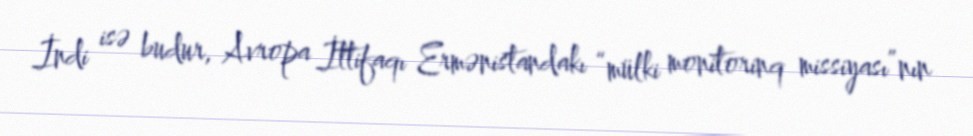
İndi isə budur, Avropa İttifaqı Ermənistandakı “mülki monitorinq missiyası”nın